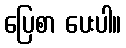
ပြေစာ ပေးပါ။